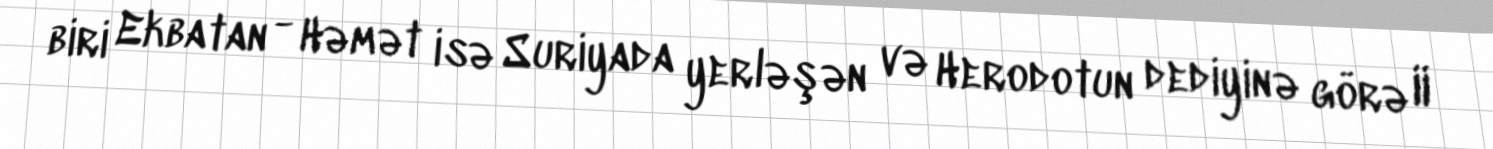
biri Ekbatan - Həmət isə Suriyada yerləşən və Herodotun dediyinə görə II